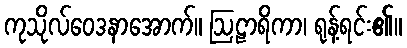
ကုသိုလ်ဝေဒနာအောက်။ ဩဠာရိကာ၊ ရုန့်ရင်း၏။